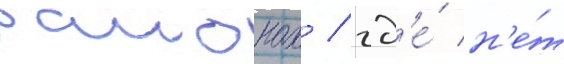
раионах / гд'е́ н'е́т